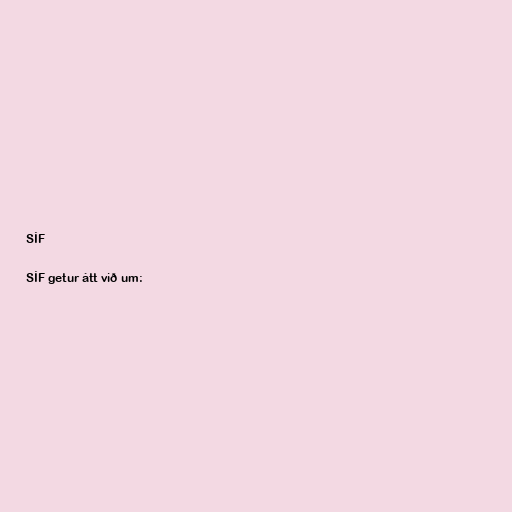
SÍF

SÍF getur átt við um: